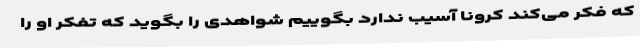
که فکر می‌کند کرونا آسیب ندارد بگوییم شواهدی را بگوید که تفکر او را